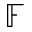
\mathbb { F }